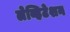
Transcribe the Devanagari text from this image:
लेव्हिटेशन